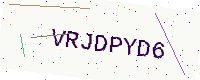
Text: VRJDPYD6